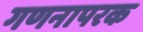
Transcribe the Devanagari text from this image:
गणनापरक